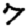
Digit: 7